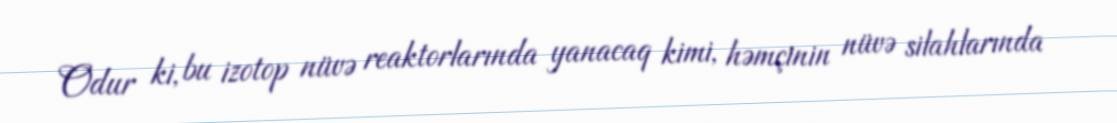
Odur ki, bu izotop nüvə reaktorlarında yanacaq kimi, həmçinin nüvə silahlarında